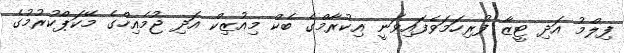
ފިލްމު އަދި ޓީޒާ ފުރިހަމަވެފައިވަނީ އިކުރާމްގެ ބެކް މިއުޒިކް އަދި ޖުމެއިހްގެ މޭކަޕްކުރުމުގެ